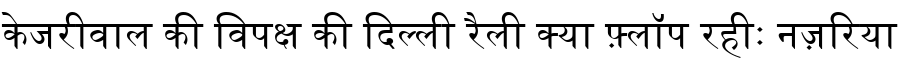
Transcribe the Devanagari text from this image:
केजरीवाल की विपक्ष की दिल्ली रैली क्या फ़्लॉप रहीः नज़रिया